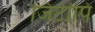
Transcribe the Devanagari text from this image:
जिटीपि